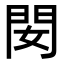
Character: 𨳐